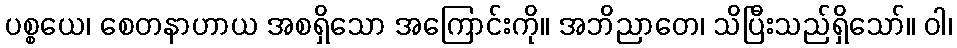
ပစ္စယေ၊ စေတနာဟာယ အစရှိသော အကြောင်းကို။ အဘိညာတေ၊ သိပြီးသည်ရှိသော်။ ဝါ၊